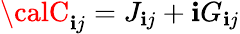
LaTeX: {\calC}_{\mathbf{i}j}=J_{\mathbf{i}j}+\mathbf{i}G_{\mathbf{i}j}